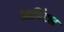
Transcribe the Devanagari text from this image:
आर्बिटल